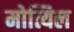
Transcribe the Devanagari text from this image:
मोत्यिल